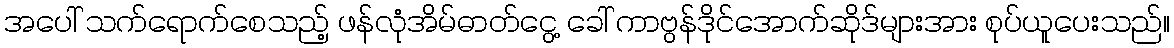
အပေါ် သက်ရောက်စေသည့် ဖန်လုံအိမ်ဓာတ်ငွေ့ ခေါ် ကာဗွန်ဒိုင်အောက်ဆိုဒ်များအား စုပ်ယူပေးသည်။